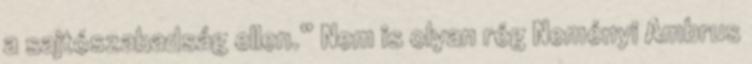
a sajtószabadság ellen.” Nem is olyan rég Neményi Ambrus